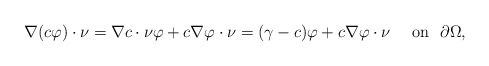
\begin{align*}\nabla(c\varphi)\cdot\nu=\nabla c \cdot \nu \varphi +c\nabla \varphi \cdot \nu =(\gamma-c)\varphi+c\nabla \varphi \cdot \nu \quad\mbox{ on }\,\, \partial\Omega,\end{align*}